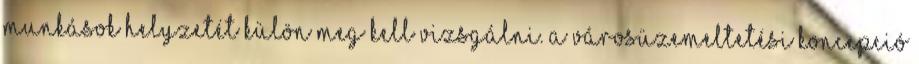
munkások helyzetét külön meg kell vizsgálni. A városüzemeltetési koncepció